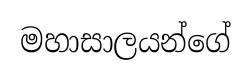
මහාසාලයන්ගේ